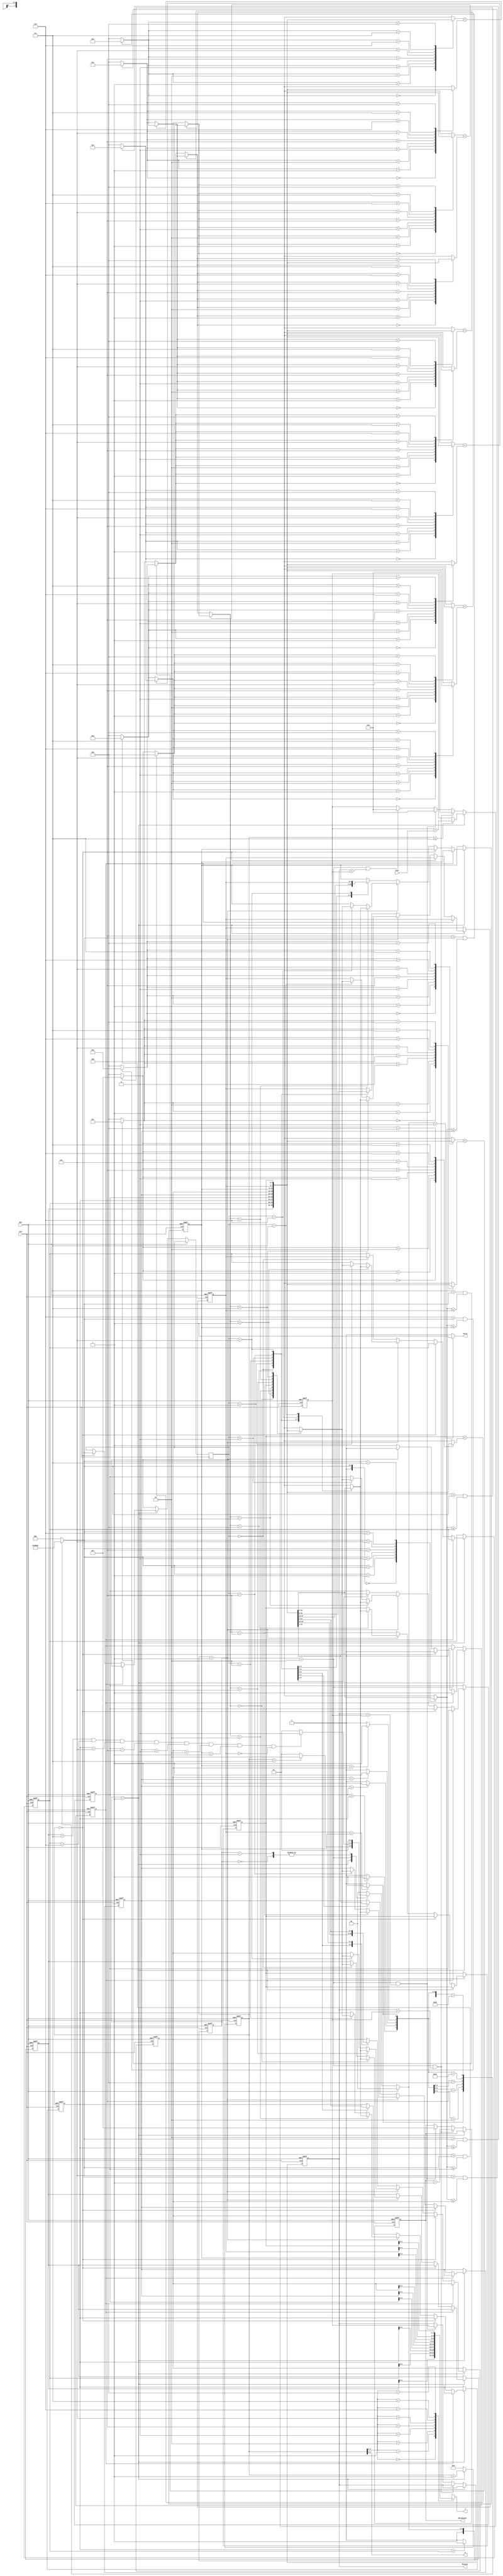
module JAM (
input CLK,
input RST,
output  [2:0] W,
output  [2:0] J,
input [6:0] Cost,
output reg [3:0] MatchCount,
output reg [9:0] MinCost,
output reg Valid );

reg [2:0]state, next_state;
parameter IDLE = 3'b000;
parameter READ = 3'b001;
parameter CAL = 3'b010;
parameter OUT = 3'b011;

reg [9:0]min;
reg [3:0]arr[0:8];
reg [7:0]cnt;
wire [6:0]cmp;
reg [2:0]idx;
reg done;
reg half_done;
reg [2:0]i;
reg [2:0]sw;
always@(posedge CLK or posedge RST)begin
    if(RST)
        state <= IDLE;
    else 
        state <= next_state;
end

always@(*)begin
    if(RST)
        next_state = IDLE;
    else begin
        case(state)
            IDLE:
                next_state = READ;
            READ:begin
                if(cnt == 3'd7) next_state = CAL;
                else next_state = READ;  
            end
            CAL:begin
                if(arr[0]==3'd7&&arr[1]==3'd6&&arr[2]==3'd5&&arr[3]==3'd4&&arr[4]==3'd3&&
                arr[5]==3'd2&&arr[6]==3'd1&&arr[7]==3'd0) next_state = OUT;
                else next_state = READ;
            end 
            OUT:
                next_state = READ; 
            default:    next_state = IDLE;
        endcase
    end 
end

//cnt
always@(posedge CLK or posedge RST)begin
    if(RST)
        cnt <= 0;
    else if(state == READ)
        cnt <= cnt + 3'd1;
    else 
        cnt <= 0;
end

assign cmp[0] = (arr[7] > arr[6]) ? 1 : 0;
assign cmp[1] = (arr[6] > arr[5]) ? 1 : 0;
assign cmp[2] = (arr[5] > arr[4]) ? 1 : 0;
assign cmp[3] = (arr[4] > arr[3]) ? 1 : 0;
assign cmp[4] = (arr[3] > arr[2]) ? 1 : 0;
assign cmp[5] = (arr[2] > arr[1]) ? 1 : 0;
assign cmp[6] = (arr[1] > arr[0]) ? 1 : 0;


wire [3:0]a0, a1, a2, a3, a4, a5, a6, a7;
wire [3:0]b0, b1, b2, b3;
wire [3:0]c0, c1;
wire [3:0]d0;
assign a0 = 4'd8;
assign a1 = (1 > idx && arr[idx] <= arr[1]) ? 4'd1 : 4'd8;
assign a2 = (2 > idx && arr[idx] <= arr[2]) ? 4'd2 : 4'd8;
assign a3 = (3 > idx && arr[idx] <= arr[3]) ? 4'd3 : 4'd8;
assign a4 = (4 > idx && arr[idx] <= arr[4]) ? 4'd4 : 4'd8;
assign a5 = (5 > idx && arr[idx] <= arr[5]) ? 4'd5 : 4'd8;
assign a6 = (6 > idx && arr[idx] <= arr[6]) ? 4'd6 : 4'd8;
assign a7 = (7 > idx && arr[idx] <= arr[7]) ? 4'd7 : 4'd8;

assign b0 = (arr[a0] < arr[a1]) ? a0 : a1;
assign b1 = (arr[a2] < arr[a3]) ? a2 : a3;
assign b2 = (arr[a4] < arr[a5]) ? a4 : a5;
assign b3 = (arr[a6] < arr[a7]) ? a6 : a7;

assign c0 = (arr[b0] < arr[b1]) ? b0 : b1;
assign c1 = (arr[b2] < arr[b3]) ? b2 : b3;

assign d0 = (arr[c0] < arr[c1]) ? c0 : c1;

//SORTING
always@(posedge CLK or posedge RST)begin
    if(RST)begin
        arr[0] <= 4'd0;
        arr[1] <= 4'd1;
        arr[2] <= 4'd2;
        arr[3] <= 4'd3;
        arr[4] <= 4'd4;
        arr[5] <= 4'd5;
        arr[6] <= 4'd6;
        arr[7] <= 4'd7;
        arr[8] <= 4'd8;
        done <= 0;
        i <= 0;
    end
    else if(state == READ)begin
        if(!done)begin
            if(cnt == 0)begin
                sw <= idx;
               
            end
            else if(cnt == 1)begin
                arr[sw] <= arr[d0];
                arr[d0] <= arr[sw];
            end
            else begin
                case(sw)
                    0:begin
                        arr[7] <= arr[1];
                        arr[1] <= arr[7];

                        arr[2] <= arr[6];
                        arr[6] <= arr[2];

                        arr[3] <= arr[5];
                        arr[5] <= arr[3];    
                    end
                    1:begin
                        arr[2] <= arr[7];
                        arr[7] <= arr[2];

                        arr[3] <= arr[6];
                        arr[6] <= arr[3];

                        arr[4] <= arr[5];
                        arr[5] <= arr[4];
                    end
                    2:begin
                        arr[3] <= arr[7];
                        arr[7] <= arr[3];

                        arr[4] <= arr[6];
                        arr[6] <= arr[4];
                    end
                    3:begin
                        arr[4] <= arr[7];
                        arr[7] <= arr[4];

                        arr[5] <= arr[6];
                        arr[6] <= arr[5];
                    end
                    4:begin
                        arr[5] <= arr[7];
                        arr[7] <= arr[5];
                    end
                    5:begin
                        arr[6] <= arr[7];
                        arr[7] <= arr[6];
                    end 
                endcase
                done <= 1;
            end
        end
    end
    else if(state == CAL)begin
        done <= 0;
        // half_done <= 0;
    end
    
end

assign W = cnt;
assign J = arr[cnt];


//DATA INPUT
always@(posedge CLK or posedge RST)begin
    if(RST)begin
        MinCost <= 10'd1023;
        min <= 0;
        MatchCount <= 0;
    end
    else if(state == READ)begin
        if(cnt <= 3'd7)begin
            min <= min + Cost;  
        end 
    end
    else if(state == CAL && MinCost == min) begin
        min <= min + 4'd1;
        min <= 0;
        MatchCount <= MatchCount + 1;
    end
    else if(state == CAL && MinCost > min)begin
        MinCost <= min;
        MatchCount <= 1;
        min <= 0;
    end
    else if(state == CAL && MinCost < min)
        min <= 0;
    
end


//CMP 
always@(*)begin
    casex (cmp)
        7'bxxxxxx1:  idx = 6;  
        7'bxxxxx10:  idx = 5;
        7'bxxxx100:  idx = 4;
        7'bxxx1000:  idx = 3;
        7'bxx10000:  idx = 2;
        7'bx100000:  idx = 1;
        7'b1000000:  idx = 0;
        default: idx = 0;
    endcase

end

//OUTPUT
always @(*) begin
    if(next_state == OUT)
        Valid = 1'b1;
    else 
        Valid = 0;
end

endmodule